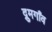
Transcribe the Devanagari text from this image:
द्रुमगाँव